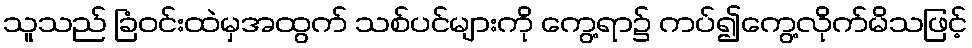
သူသည် ခြံဝင်းထဲမှအထွက် သစ်ပင်များကို ကွေ့ရာ၌ ကပ်၍ကွေ့လိုက်မိသဖြင့်